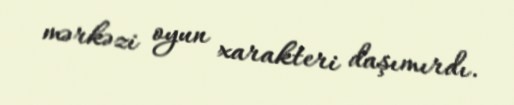
mərkəzi oyun xarakteri daşımırdı.